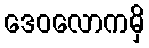
ဒေဝလောကမှိ